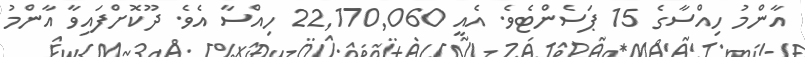
އާންމު ހިއްސާގެ 15 ޕަސެންޓެވެ. އެއީ 22